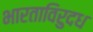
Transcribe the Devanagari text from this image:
भारताविरुदध